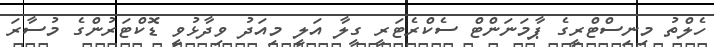
ހެލްތު މިނިސްޓްރީގެ ޕާމަނަންޓް ސެކްރެޓަރީ ގީލާ އަލީ މިއަދު ވިދާޅުވީ ޑޮކްޓަރުންގެ މުސާރަ